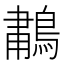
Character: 𫛆